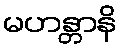
မဟန္တာနိ